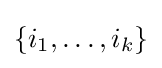
\{i_{1},\ldots ,i_{k}\}